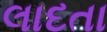
લાદતા